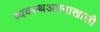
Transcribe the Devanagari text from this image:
व्यवस्थअपनाखाली